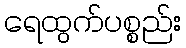
ရေထွက်ပစ္စည်း